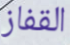
القفاز